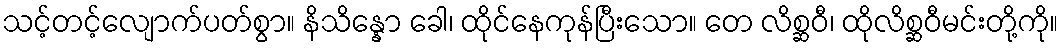
သင့်တင့်လျောက်ပတ်စွာ။ နိသိန္နော ခေါ၊ ထိုင်နေကုန်ပြီးသော။ တေ လိစ္ဆဝီ၊ ထိုလိစ္ဆဝီမင်းတို့ကို။